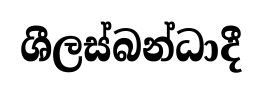
ශීලස්බන්ධාදී